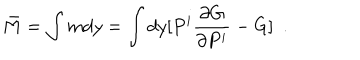
\bar { M } = \int m d y = \int d y [ P ^ { i } \frac { \partial G } { \partial P ^ { i } } - G ] \, \, \, .